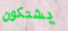
يشتكون